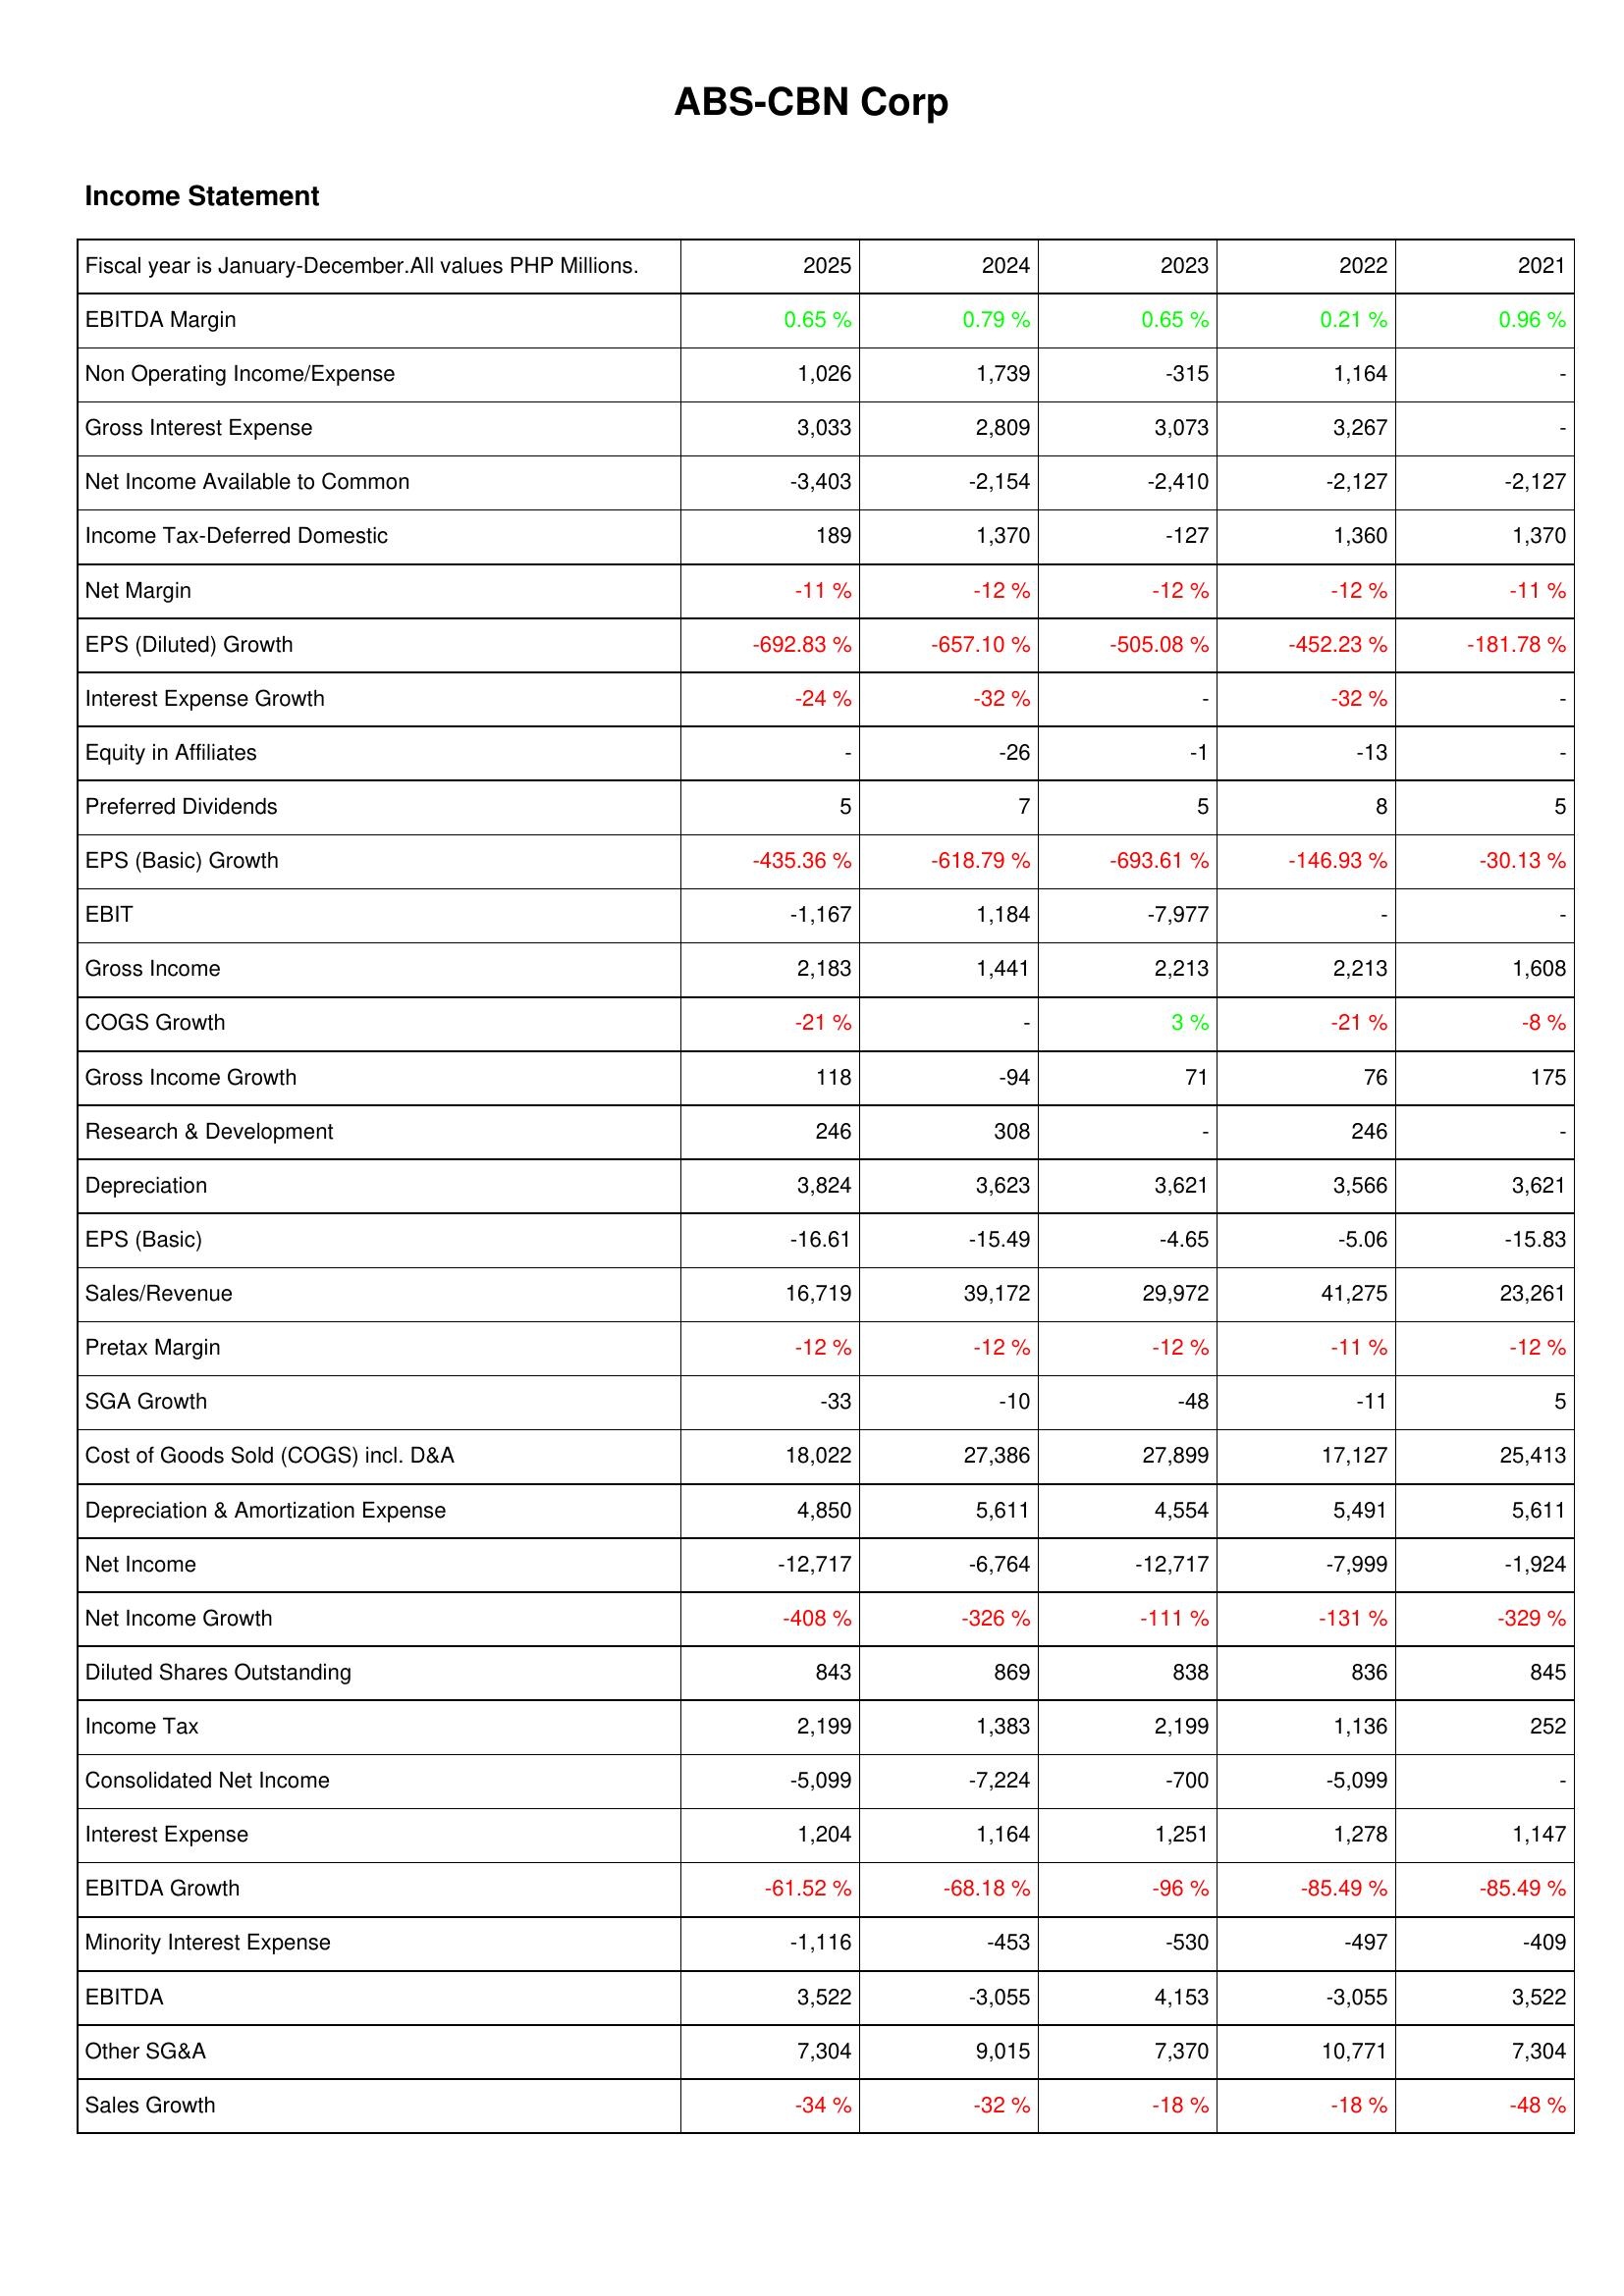
2025: Income Statement: EBITDA Margin: 0.65 %
Non Operating Income/Expense: 1,026
Gross Interest Expense: 3,033
Net Income Available to Common: -3,403
Income Tax-Deferred Domestic: 189
Net Margin: -11 %
EPS (Diluted) Growth: -692.83 %
Interest Expense Growth: -24 %
Equity in Affiliates: -
Preferred Dividends: 5
EPS (Basic) Growth: -435.36 %
EBIT: -1,167
Gross Income: 2,183
COGS Growth: -21 %
Gross Income Growth: 118
Research & Development: 246
Depreciation: 3,824
EPS (Basic): -16.61
Sales/Revenue: 16,719
Pretax Margin: -12 %
SGA Growth: -33
Cost of Goods Sold (COGS) incl. D&A: 18,022
Depreciation & Amortization Expense: 4,850
Net Income: -12,717
Net Income Growth: -408 %
Diluted Shares Outstanding: 843
Income Tax: 2,199
Consolidated Net Income: -5,099
Interest Expense: 1,204
EBITDA Growth: -61.52 %
Minority Interest Expense: -1,116
EBITDA: 3,522
Other SG&A: 7,304
Sales Growth: -34 %
2024: Income Statement: EBITDA Margin: 0.79 %
Non Operating Income/Expense: 1,739
Gross Interest Expense: 2,809
Net Income Available to Common: -2,154
Income Tax-Deferred Domestic: 1,370
Net Margin: -12 %
EPS (Diluted) Growth: -657.10 %
Interest Expense Growth: -32 %
Equity in Affiliates: -26
Preferred Dividends: 7
EPS (Basic) Growth: -618.79 %
EBIT: 1,184
Gross Income: 1,441
COGS Growth: -
Gross Income Growth: -94
Research & Development: 308
Depreciation: 3,623
EPS (Basic): -15.49
Sales/Revenue: 39,172
Pretax Margin: -12 %
SGA Growth: -10
Cost of Goods Sold (COGS) incl. D&A: 27,386
Depreciation & Amortization Expense: 5,611
Net Income: -6,764
Net Income Growth: -326 %
Diluted Shares Outstanding: 869
Income Tax: 1,383
Consolidated Net Income: -7,224
Interest Expense: 1,164
EBITDA Growth: -68.18 %
Minority Interest Expense: -453
EBITDA: -3,055
Other SG&A: 9,015
Sales Growth: -32 %
2023: Income Statement: EBITDA Margin: 0.65 %
Non Operating Income/Expense: -315
Gross Interest Expense: 3,073
Net Income Available to Common: -2,410
Income Tax-Deferred Domestic: -127
Net Margin: -12 %
EPS (Diluted) Growth: -505.08 %
Interest Expense Growth: -
Equity in Affiliates: -1
Preferred Dividends: 5
EPS (Basic) Growth: -693.61 %
EBIT: -7,977
Gross Income: 2,213
COGS Growth: 3 %
Gross Income Growth: 71
Research & Development: -
Depreciation: 3,621
EPS (Basic): -4.65
Sales/Revenue: 29,972
Pretax Margin: -12 %
SGA Growth: -48
Cost of Goods Sold (COGS) incl. D&A: 27,899
Depreciation & Amortization Expense: 4,554
Net Income: -12,717
Net Income Growth: -111 %
Diluted Shares Outstanding: 838
Income Tax: 2,199
Consolidated Net Income: -700
Interest Expense: 1,251
EBITDA Growth: -96 %
Minority Interest Expense: -530
EBITDA: 4,153
Other SG&A: 7,370
Sales Growth: -18 %
2022: Income Statement: EBITDA Margin: 0.21 %
Non Operating Income/Expense: 1,164
Gross Interest Expense: 3,267
Net Income Available to Common: -2,127
Income Tax-Deferred Domestic: 1,360
Net Margin: -12 %
EPS (Diluted) Growth: -452.23 %
Interest Expense Growth: -32 %
Equity in Affiliates: -13
Preferred Dividends: 8
EPS (Basic) Growth: -146.93 %
EBIT: -
Gross Income: 2,213
COGS Growth: -21 %
Gross Income Growth: 76
Research & Development: 246
Depreciation: 3,566
EPS (Basic): -5.06
Sales/Revenue: 41,275
Pretax Margin: -11 %
SGA Growth: -11
Cost of Goods Sold (COGS) incl. D&A: 17,127
Depreciation & Amortization Expense: 5,491
Net Income: -7,999
Net Income Growth: -131 %
Diluted Shares Outstanding: 836
Income Tax: 1,136
Consolidated Net Income: -5,099
Interest Expense: 1,278
EBITDA Growth: -85.49 %
Minority Interest Expense: -497
EBITDA: -3,055
Other SG&A: 10,771
Sales Growth: -18 %
2021: Income Statement: EBITDA Margin: 0.96 %
Non Operating Income/Expense: -
Gross Interest Expense: -
Net Income Available to Common: -2,127
Income Tax-Deferred Domestic: 1,370
Net Margin: -11 %
EPS (Diluted) Growth: -181.78 %
Interest Expense Growth: -
Equity in Affiliates: -
Preferred Dividends: 5
EPS (Basic) Growth: -30.13 %
EBIT: -
Gross Income: 1,608
COGS Growth: -8 %
Gross Income Growth: 175
Research & Development: -
Depreciation: 3,621
EPS (Basic): -15.83
Sales/Revenue: 23,261
Pretax Margin: -12 %
SGA Growth: 5
Cost of Goods Sold (COGS) incl. D&A: 25,413
Depreciation & Amortization Expense: 5,611
Net Income: -1,924
Net Income Growth: -329 %
Diluted Shares Outstanding: 845
Income Tax: 252
Consolidated Net Income: -
Interest Expense: 1,147
EBITDA Growth: -85.49 %
Minority Interest Expense: -409
EBITDA: 3,522
Other SG&A: 7,304
Sales Growth: -48 %